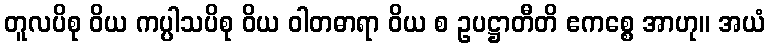
တူလပိစု ဝိယ ကပ္ပါသပိစု ဝိယ ဝါတဓာရာ ဝိယ စ ဥပဋ္ဌာတီတိ ဧကစ္စေ အာဟု။ အယံ